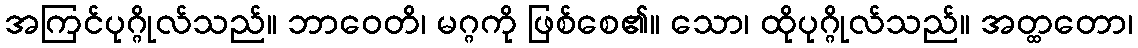
အကြင်ပုဂ္ဂိုလ်သည်။ ဘာဝေတိ၊ မဂ္ဂကို ဖြစ်စေ၏။ သော၊ ထိုပုဂ္ဂိုလ်သည်။ အတ္ထတော၊